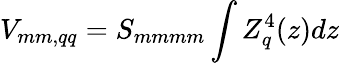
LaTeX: V_{mm,qq}=S_{mmmm}\int Z_{q}^{4}(z)dz